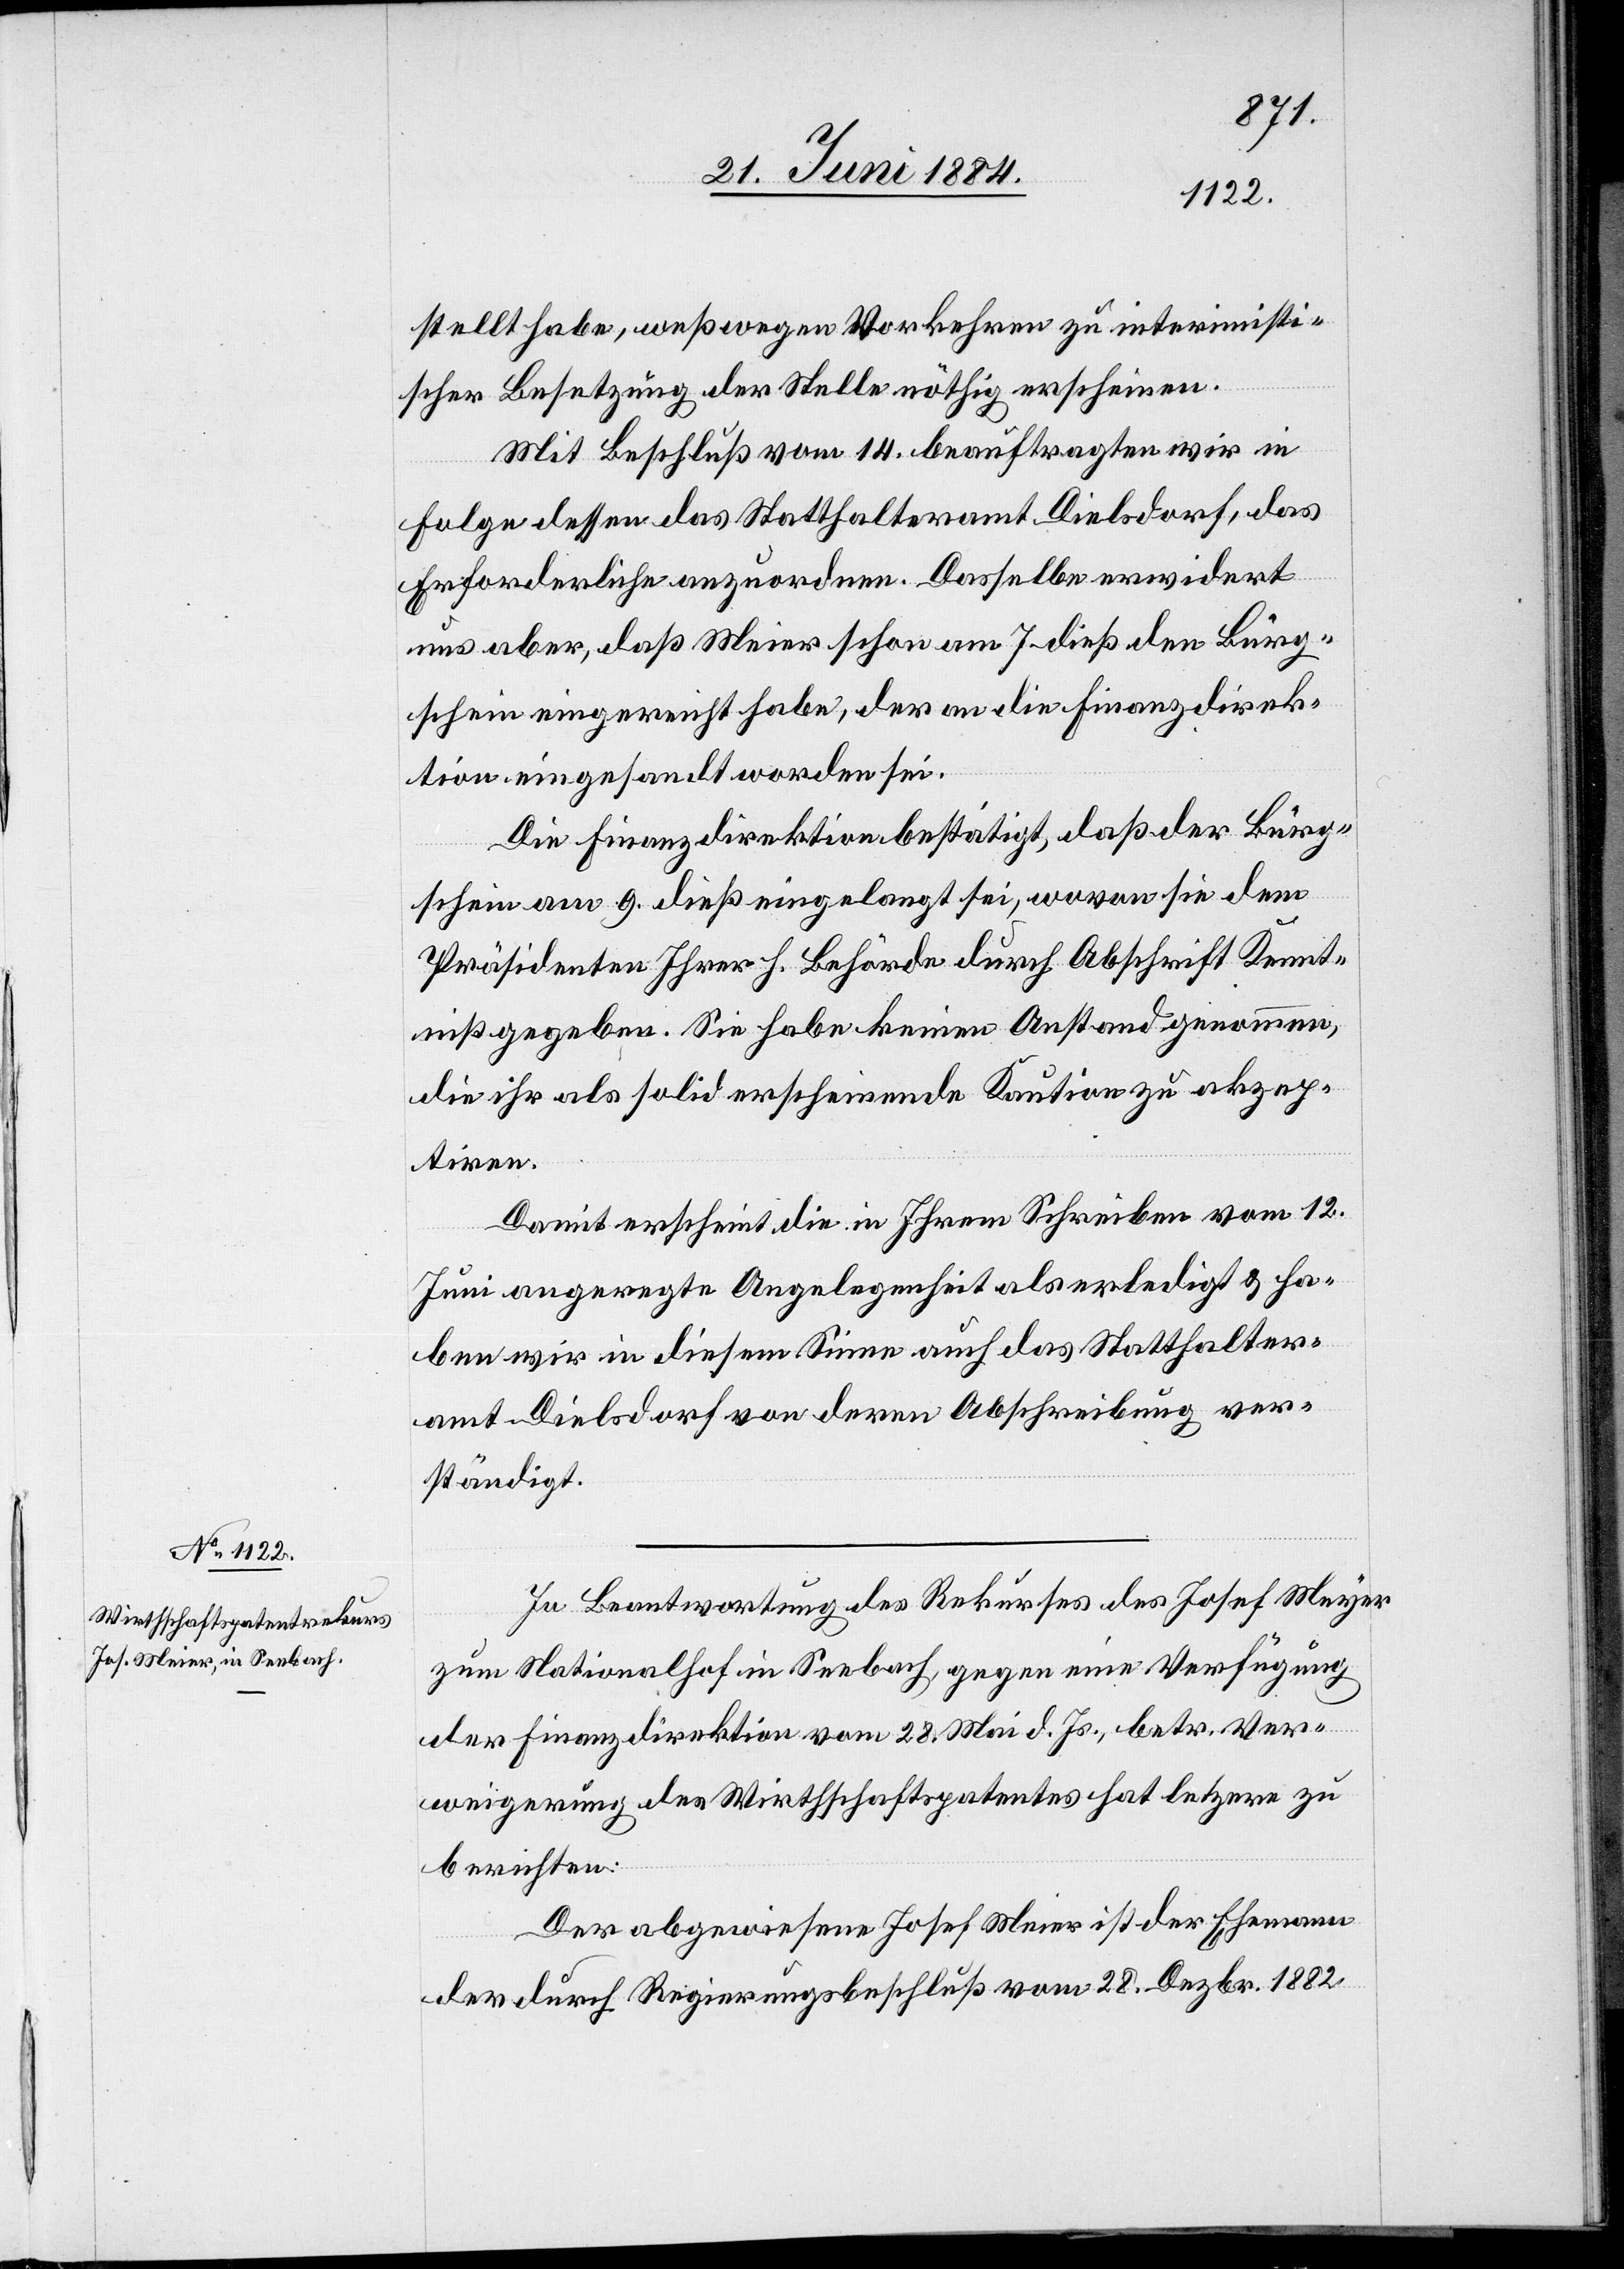
stellt habe, weßwegen Vorkehren zu interimisti¬
scher Besetzung der Stelle nöthig erschienen.
Mit Beschluß vom 14. beauftragten wir in
Folge dessen das Statthalteramt Dielsdorf, das
Erforderliche anzuordnen. Dasselbe erwidert
uns aber, daß Meier schon am 7. dieß den Bürg¬
schein eingereicht habe, der an die Finanzdirek¬
tion eingesandt worden sei.
Die Finanzdirektion bestätigt, daß der Bürg¬
schein am 9. dieß eingelangt sei, wovon sie dem
Präsidenten Ihrer h. Behörde durch Abschrift Kennt¬
niß gegeben. Sie habe keinen Anstand genommen,
die ihr als solid erscheinende Kaution zu akzep¬
tiren.
Damit erscheint die in Ihrem Schreiben vom 12.
Juni angeregte Angelegenheit als erledigt & ha¬
ben wir in diesem Sinne auch das Statthalter¬
amt Dielsdorf von deren Abschreibung ver¬
ständigt.
In Beantwortung des Rekurses des Josef Meyer
zum Nationalhof in Seebach, gegen eine Verfügung
der Finanzdirektion vom 28. Mai d. Js., betr. Ver¬
weigerung des Wirtschaftspatentes hat letztere zu
berichten:
Der abgewiesene Josef Meier [sic!] ist der Ehemann
der durch Regierungsbeschluß vom 28. Dezbr. 1882